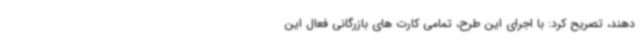
دهند، تصریح کرد: با اجرای این طرح، تمامی کارت های بازرگانی فعال این